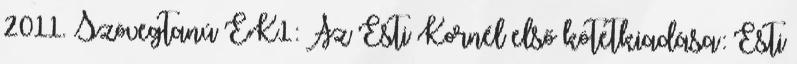
2011. Szövegtanú EK1: Az Esti Kornél első kötetkiadása: Esti